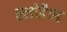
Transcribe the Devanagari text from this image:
स्लोहैण्ड